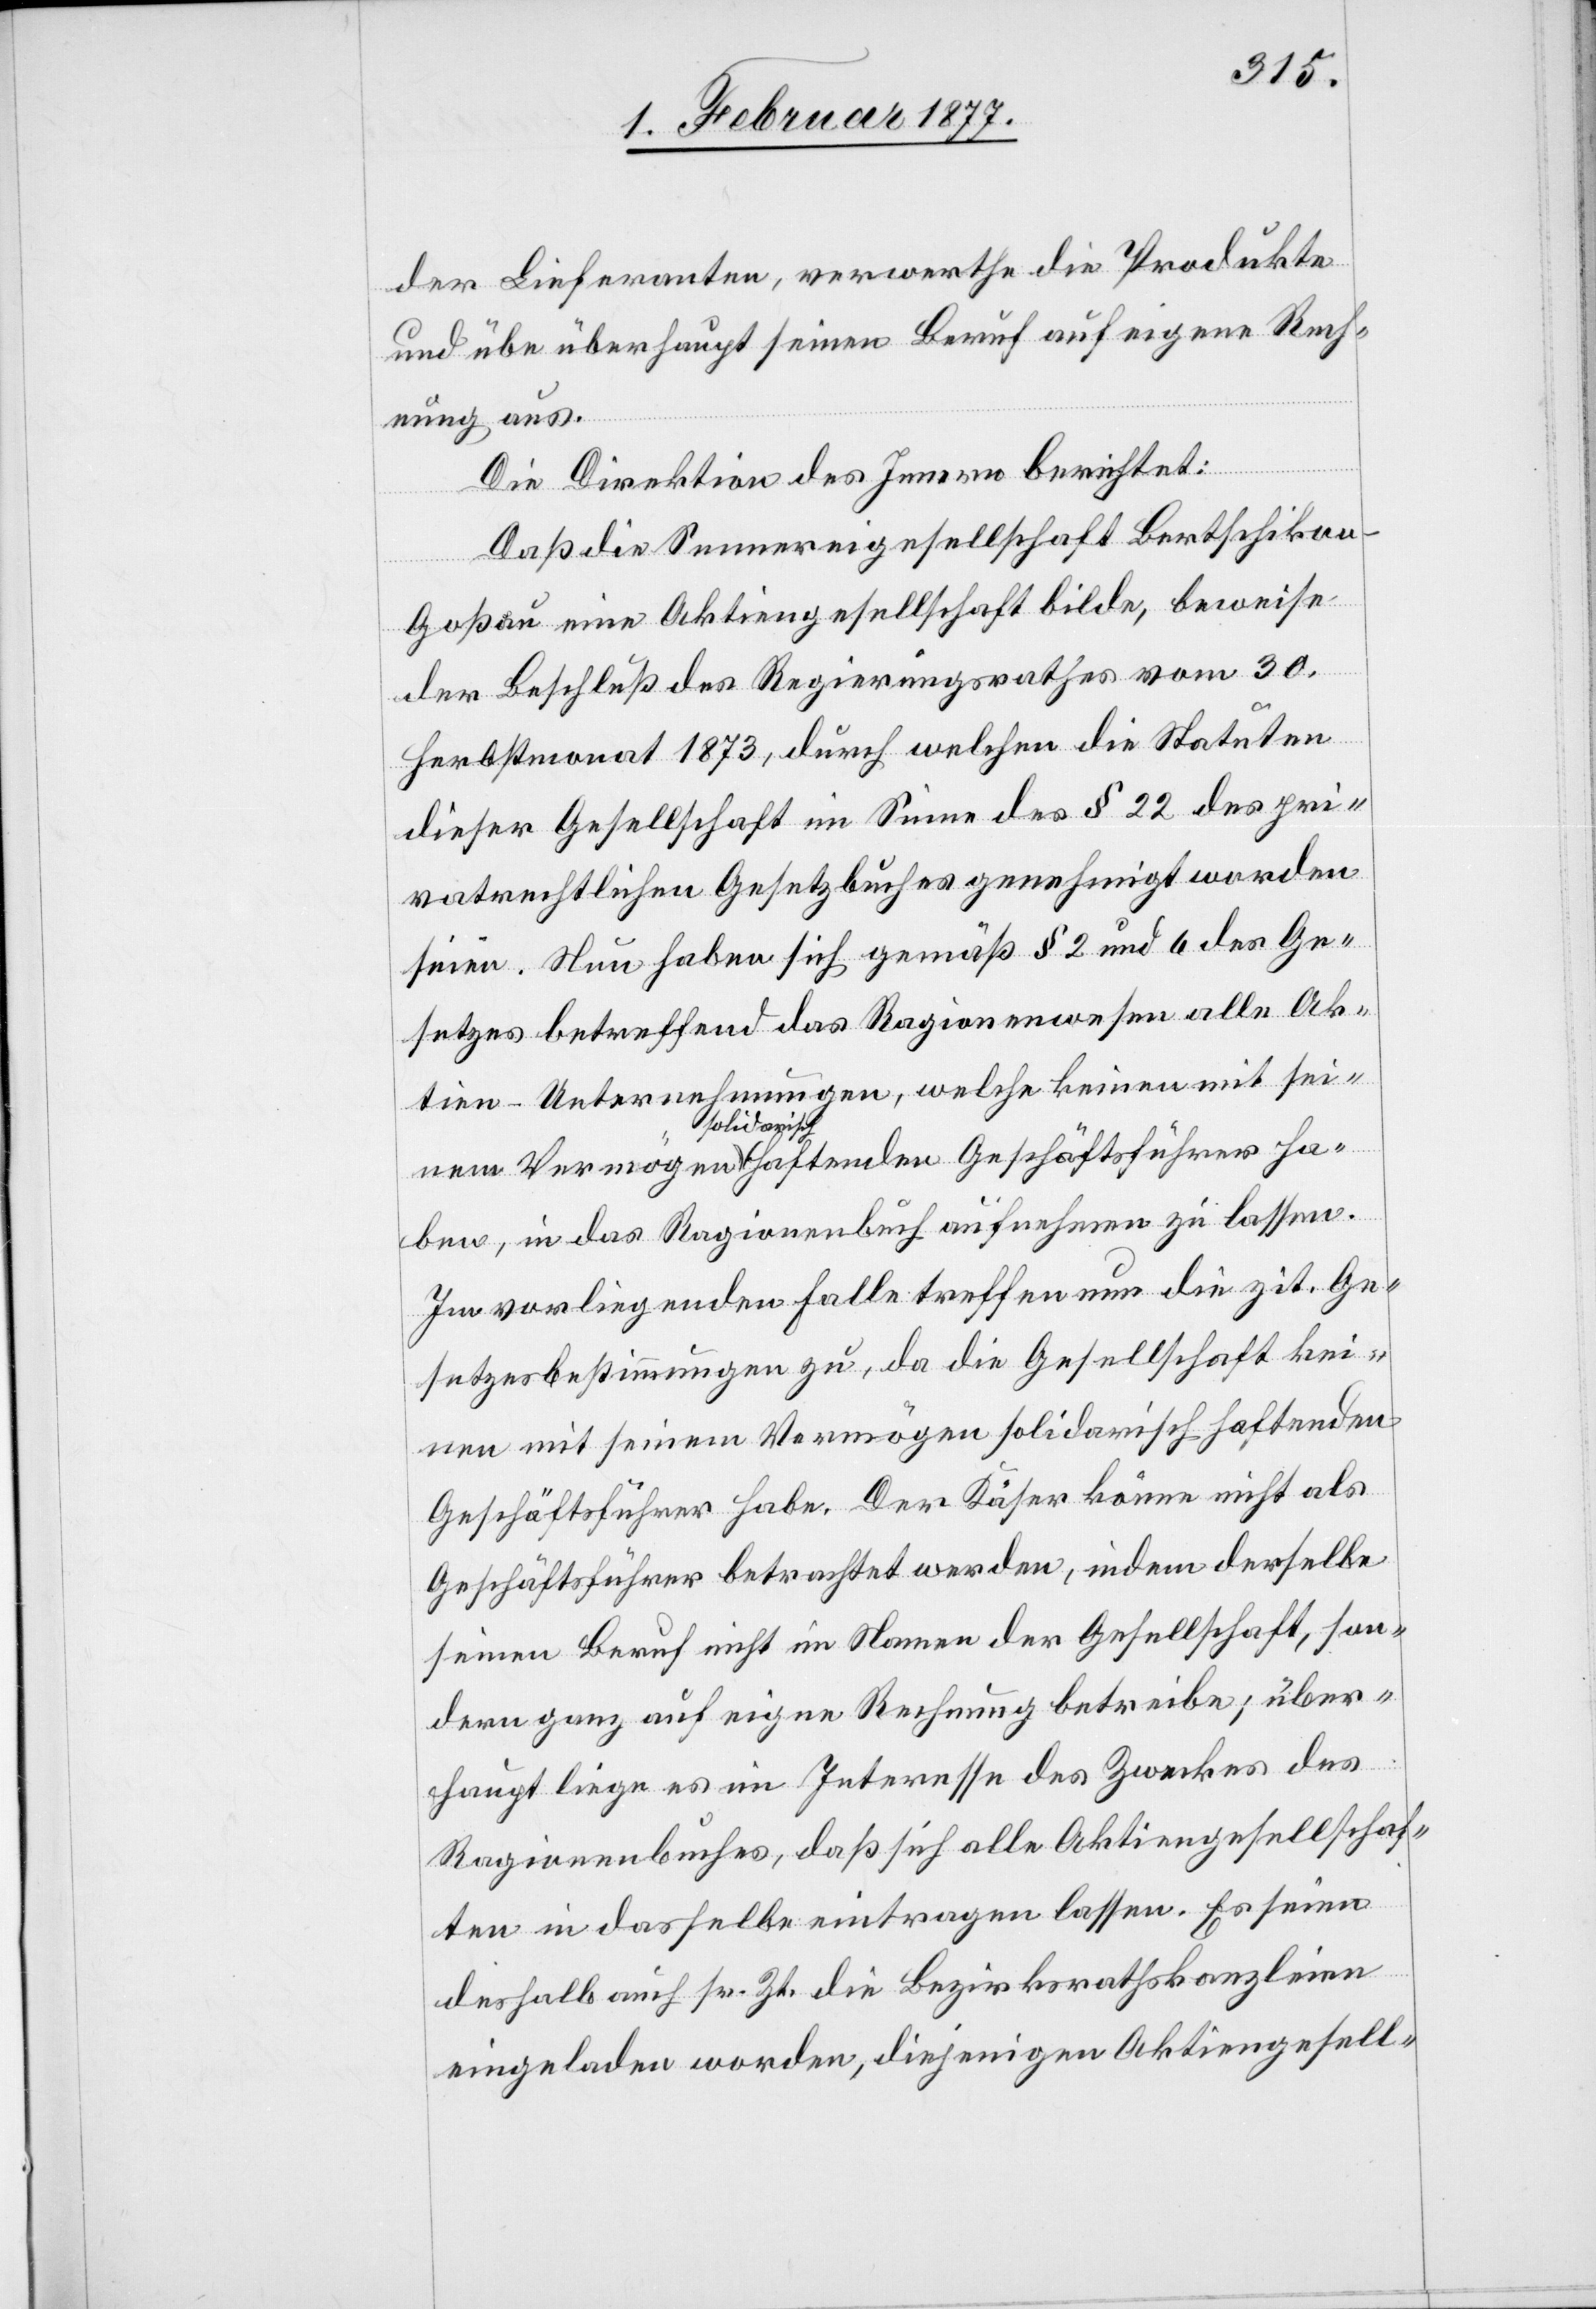
der Lieferanten, verwerthe die Produkte
und übe überhaupt seinen Beruf auf eigene Rech¬
nung aus.
Die Direktion des Innern berichtet:
Daß die Sennereigesellschaft Bertschiko¬
n-Goßau eine Aktiengesellschaft bilde, beweise
der Beschluß des Regierungsrathes vom 30.
Herbstmonat 1873, durch welchen die Statuten
dieser Gesellschaft im Sinne des § 22 des pri¬
vatrechtlichen Gesetzbuches genehmigt worden
seien. Nun haben sich gemäß § 2 und 6 des Ge¬
setzes betreffend das Ragionenwesen alle Ak¬
tien-Unternehmungen, welche keinen mit seinem
haben, in das Ragionenbuch aufnehmen zu lassen.
Im vorliegenden Falle treffen nun die zit. Ge¬
setzesbestimmungen zu, da die Gesellschaft kei¬
nen mit seinem Vermögen solidarisch haftenden
Geschäftsführer habe. Der Käser könne nicht als
Geschäftsführer betrachtet werden, indem derselbe
seinen Beruf nicht im Namen der Gesellschaft, son¬
dern ganz auf eigne Rechnung betreibe; über¬
haupt liege es im Interesse des Zweckes des
Ragionenbuches, daß sich alle Aktiengesellschaf¬
ten in dasselbe eintragen lassen. Es seien
deshalb auch sr. Zt. die Bezirkskanzleien
eigeladen worden, diejenigen Aktiengesell-